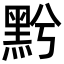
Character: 𪐭